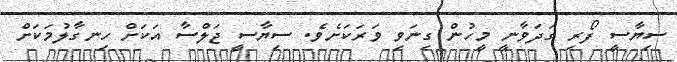
ސިޔާސީ ފޯރި ގަދަވާނީ މީހުން ގިނަވި ވަރަކަށެވެ. ސިޔާސީ ޖަލްސާ އަކަށް ހިނގާލުމަކަށް